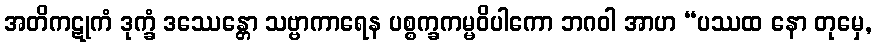
အတိကဋုကံ ဒုက္ခံ ဒဿေန္တော သဗ္ဗာကာရေန ပစ္စက္ခကမ္မဝိပါကော ဘဂဝါ အာဟ “ပဿထ နော တုမှေ,